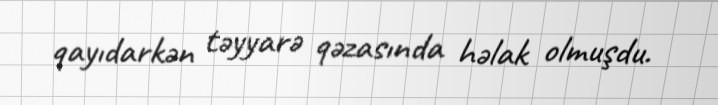
qayıdarkən təyyarə qəzasında həlak olmuşdu.